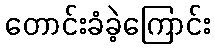
တောင်းခံခဲ့ကြောင်း